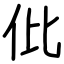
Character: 仳